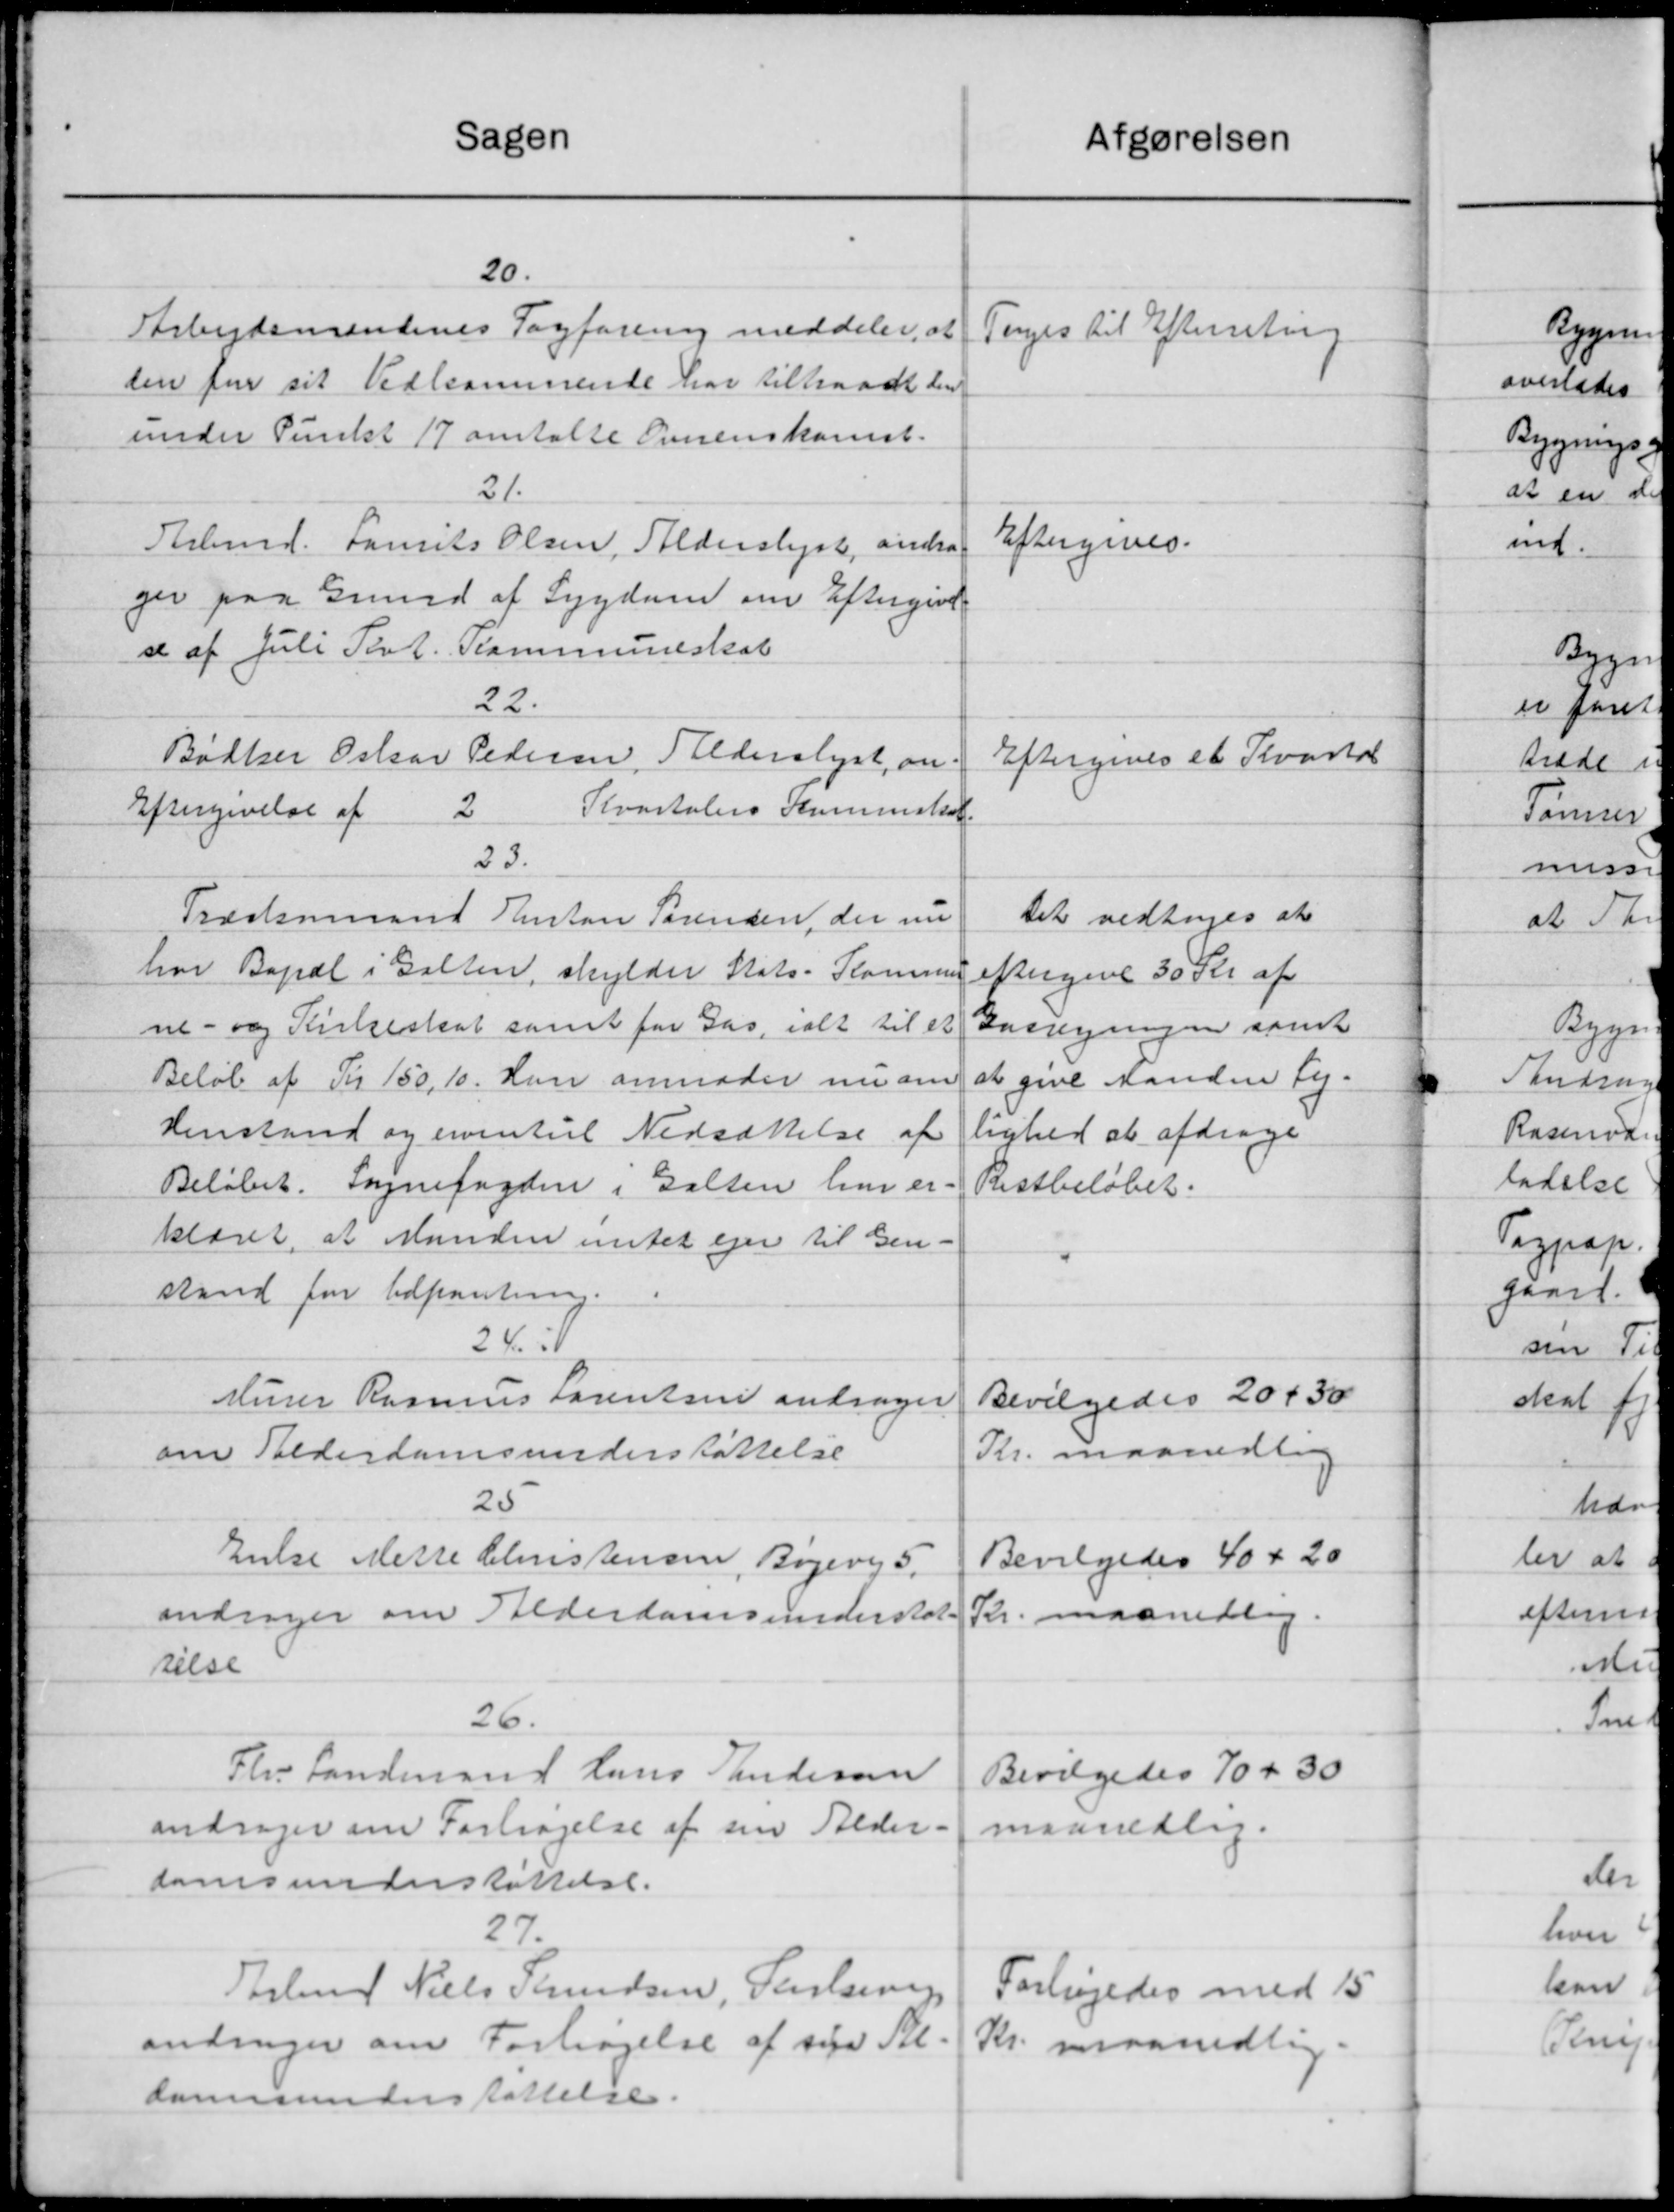
Transskription:
Sagen
20.
Arbejdsmandenes Fagforening meddeler, at
den for sit Vedkommende har tiltraadt den
under Punkt 17 omtalte Overenskomst.
21.
Arbmd. Laurits Olsen, Alderslyst, andra
ger paa Grund af Sygdom om Eftergivet
se af Juli Port. Kommuneskat
22.
Bødker Oskar Pedersen, Alderslyst, an-
Kvartalers Kommskat.
Eftergivelse af
2
23.
Træskemand Anton Sørensen, der nu
har Bopæl i Galten, skylder Stats- Kommu
ne- og Kirkeskat samt for Gas, ialt til et
Beløb af Kr 150, 10. Han anmoder nu om
Henstand og eventuel Nedsættelse af
Beløbet. Sognefogden i Galten har er-
klæret, at Manden intet ejer til Gen-
stand for Udpantning.
24. 1
Murer Rasmus Larentsen andrager
om Alderdomsunderstøttelse
25
Enke Mette Christensen, Bøgevej 5
andrager om Alderdomsunderstøt
relse
26.
Fhv Landmand Hans Randersen
andrager om Fortagelse af sin Alder-
domsunderstøttelse.
27.
Arlund Niels Knudsen, Pauelserup
andrager om Forhøjelse af sige Al-
domsunderstøttelse.